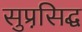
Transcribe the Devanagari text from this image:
सुप्रसि़द्घ